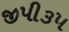
જીપી૩૫